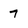
Character: 7